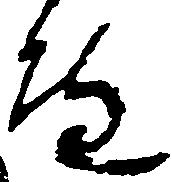
へ